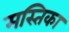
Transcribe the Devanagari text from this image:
मस्तिका